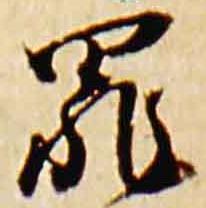
罪